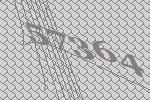
57364